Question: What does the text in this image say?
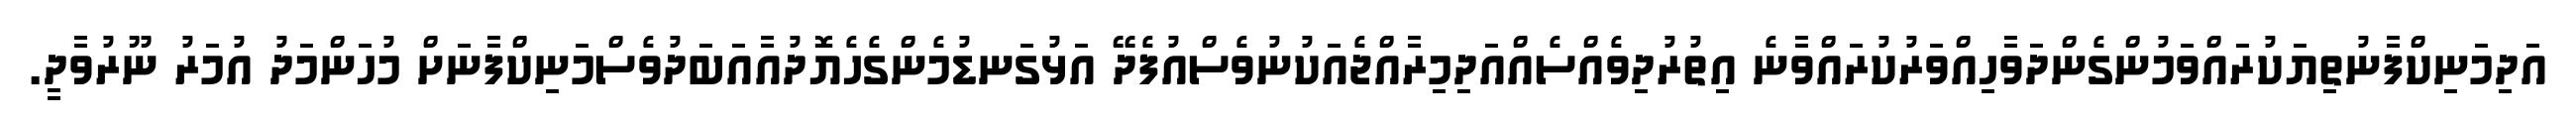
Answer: އަދިމަނިކްފާނުތިޔަކުރައްވަމުންގެންދަވާހިއްވަރުކުރައްވާނެ އިތުރުދިވެއްސެއްއަދިމިރާއްޖެއަކުނުވެސްއުފެދޭ އަޅުގަނޑުމެންގެހެޔޮދުއާއަބަދުވެސްމަނިކްފާނަށް މުހަންމަދު އުމަރު ނޫރުވާދީ.